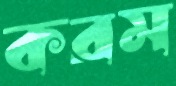
করম